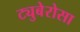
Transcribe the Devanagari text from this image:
ट्युबेरोसा